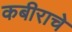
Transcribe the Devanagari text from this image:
कबीराचे